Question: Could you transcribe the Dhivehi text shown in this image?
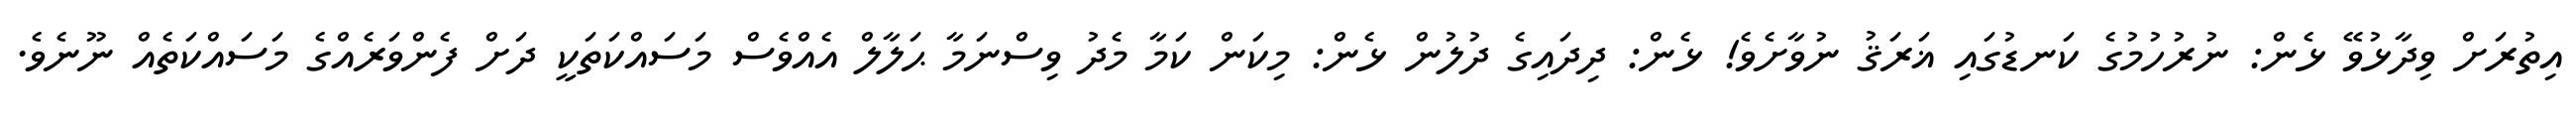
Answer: އިތުރަށް ވިދާޅުވޭ ޅެން: ނުރުހުމުގެ ކަނޑުގައި ޣަރަޤު ނުވާށެވެ! ޅެން: ދިދައިގެ ދުލުން ޅެން: މިކަން ކަމާ މެދު ވިސްނަމާ ޙަލާލް އެއްވެސް މަސައްކަތަކީ ދަށް ފެންވަރެއްގެ މަސައްކަތެއް ނޫނެވެ.